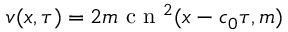
v ( x , \tau ) = 2 m \mathrm { ~ c ~ n ~ } ^ { 2 } ( x - c _ { 0 } \tau , m )